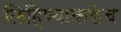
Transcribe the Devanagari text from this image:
लिहिण्याकडेच